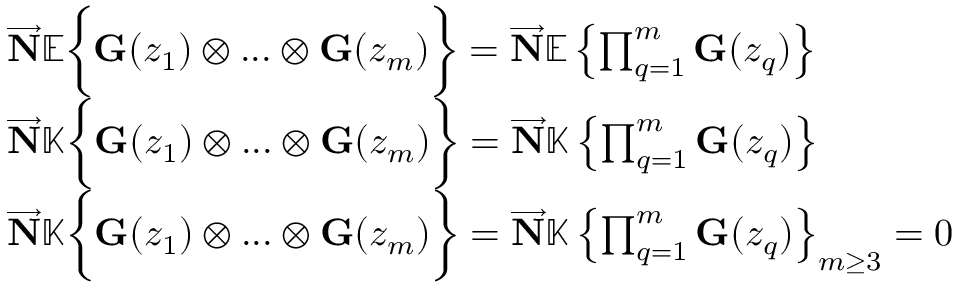
\begin{array} { r l } & { \overrightarrow { \mathbf { N } } \mathbb { E } \bigg \lbrace { \mathbf { G } } ( z _ { 1 } ) \otimes . . . \otimes { \mathbf { G } } ( z _ { m } ) \bigg \rbrace = \overrightarrow { \mathbf { N } } \mathbb { E } \left\lbrace \prod _ { q = 1 } ^ { m } { \mathbf { G } } ( z _ { q } ) \right\rbrace } \\ & { \overrightarrow { \mathbf { N } } \mathbb { K } \bigg \lbrace { \mathbf { G } } ( z _ { 1 } ) \otimes . . . \otimes { \mathbf { G } } ( z _ { m } ) \bigg \rbrace = \overrightarrow { \mathbf { N } } \mathbb { K } \left\lbrace \prod _ { q = 1 } ^ { m } { \mathbf { G } } ( z _ { q } ) \right\rbrace } \\ & { \overrightarrow { \mathbf { N } } \mathbb { K } \bigg \lbrace { \mathbf { G } } ( z _ { 1 } ) \otimes . . . \otimes { \mathbf { G } } ( z _ { m } ) \bigg \rbrace = \overrightarrow { \mathbf { N } } \mathbb { K } \left\lbrace \prod _ { q = 1 } ^ { m } { \mathbf { G } } ( z _ { q } ) \right\rbrace _ { m \ge 3 } = 0 } \end{array}